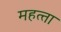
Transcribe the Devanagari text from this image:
महत्‍ता